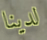
لدينا